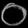
Digit: ၀